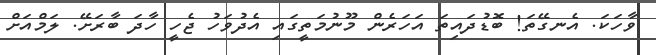
ވާހަކަ. އެނގޭތަ! ބޮޑުދައިތަ އަހަރެން މޫނުމަތީގައި އެދުވަހު ޖެހީ ހާދަ ބާރަށޭ. ލަމްއަށް